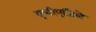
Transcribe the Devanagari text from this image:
एचीएजिले